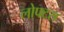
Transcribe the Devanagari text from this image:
लोफ्टस